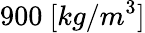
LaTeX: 900\ [kg/m^{3}]